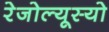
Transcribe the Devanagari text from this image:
रेजोल्यूस्यो